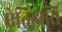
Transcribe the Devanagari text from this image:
ऐतिहासि